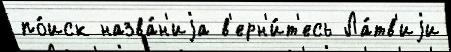
по́иск назва́н'иjа в'ерн'и́т'есь Ла́тв'иjи